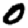
Digit: 0